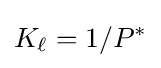
K_{\ell }=1/P^{\ast }